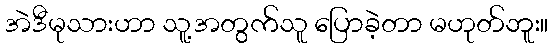
အဲဒီမုသားဟာ သူ့အတွက်သူ ပြောခဲ့တာ မဟုတ်ဘူး။